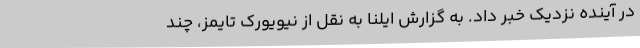
در آینده نزدیک خبر داد. به گزارش ایلنا به نقل از نیویورک تایمز، چند